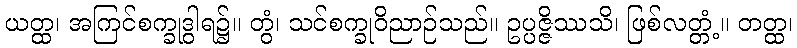
ယတ္ထ၊ အကြင်စက္ခုဒွါရ၌။ တွံ၊ သင်စက္ခုဝိညာဉ်သည်။ ဥပ္ပဇ္ဇိဿသိ၊ ဖြစ်လတ္တံ့။ တတ္ထ၊